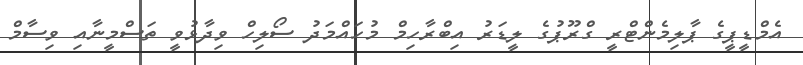
އެމްޑީޕީގެ ޕާލިމެންޓްރީ ގްރޫޕުގެ ލީޑަރު އިބްރާހިމް މުހައްމަދު ސޯލިހް ވިދާޅުވީ ތަސްމީނާއި ވިސާމް